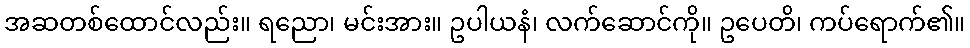
အဆတစ်ထောင်လည်း။ ရညော၊ မင်းအား။ ဥပါယနံ၊ လက်ဆောင်ကို။ ဥပေတိ၊ ကပ်ရောက်၏။